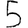
Digit: 5